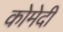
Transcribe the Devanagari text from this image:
कोमेदी